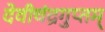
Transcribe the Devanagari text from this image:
देवीचंद्रगुप्तम्‌